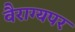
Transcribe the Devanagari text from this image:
वैराग्यपर